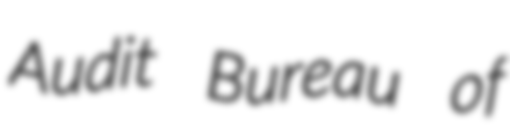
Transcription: Audit Bureau of